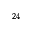
^ { 2 4 }